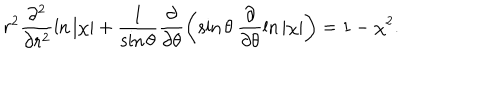
r ^ { 2 } \frac { \partial ^ { 2 } } { \partial r ^ { 2 } } \ln | \chi | + \frac { 1 } { \sin \theta } \frac { \partial } { \partial \theta } \left( \sin \theta \: \frac { \partial } { \partial \theta } \ln | \chi | \right) = 1 - \chi ^ { 2 } .